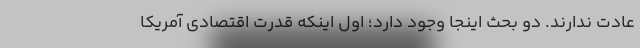
عادت ندارند. دو بحث اینجا وجود دارد؛ اول اینکه قدرت اقتصادی آمریکا